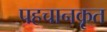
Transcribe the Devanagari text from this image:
पहचानकृत